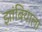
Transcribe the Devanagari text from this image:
झांबियाला